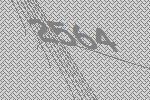
2564